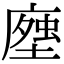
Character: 𧍽